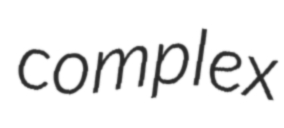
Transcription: complex